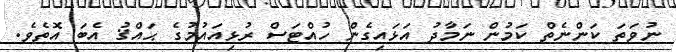
ނުވަތަ ކަންނެތް ކަމުން ނަމާދު އަޅައިގެން ހުއްޓަސް ރުޅިއައުމުގެ ޙައްޤު އެބަ އޮތެވެ.